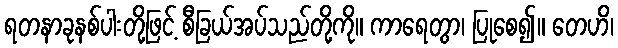
ရတနာခုနစ်ပါးတို့ဖြင့် စီခြယ်အပ်သည်တို့ကို။ ကာရေတွာ၊ ပြုစေ၍။ တေဟိ၊